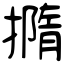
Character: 撱